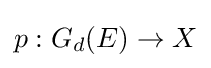
p:G_{d}(E)\to X